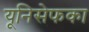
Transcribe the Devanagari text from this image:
यूनिसेफका